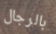
بالرجال